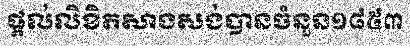
ផ្តល់លិខិតសាងសង់បានចំនួន១៨៥៣